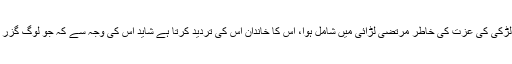
مجھے تفصیلات معلوم نہیں مگر افواء کے مطابق ایک لڑکی کی عزت کی خاطر مرتضیٰ لڑائی میں شامل ہوا، اس کا خاندان اس کی تردید کرتا ہے شاید اس کی وجہ سے کہ جو لوگ گزر جاتے ہیں ان کے بارے میں ایسی بات کرنا ممنوع ہے۔